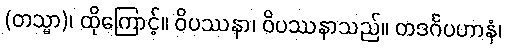
(တသ္မာ)၊ ထိုကြောင့်။ ဝိပဿနာ၊ ဝိပဿနာသည်။ တဒင်္ဂပဟာနံ၊